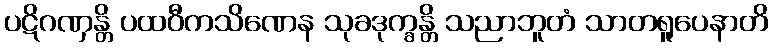
ပဋိဂဏှန္တိ ပထဝီကသိဏေန သုခဒုက္ခန္တိ သညာဘူတံ သာတရူပေနာတိ